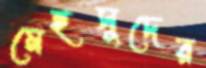
মেহসুদের